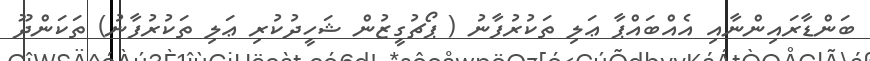
ބަންޑާރައިންނާއި އެއްބައްޕާ ޢަލި ތަކުރުފާނު ( ޕޯޗުގީޒުން ޝަހީދުކުރި ޢަލި ތަކުރުފާނު) ތަކަންދޫ